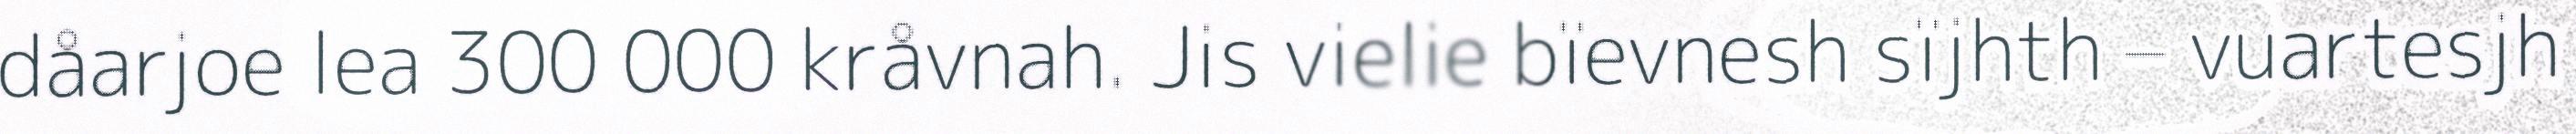
dåarjoe lea 300 000 kråvnah. Jis vielie bïevnesh sïjhth – vuartesjh